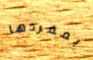
بمفردها